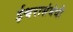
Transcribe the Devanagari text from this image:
ईश्वरासंबंधी